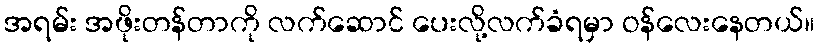
အရမ်း အဖိုးတန်တာကို လက်ဆောင် ပေးလို့လက်ခံရမှာ ဝန်လေးနေတယ်။